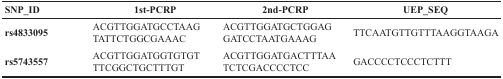
<table><thead><tr><td><b>SNP_ID</b></td><td><b>1st-PCRP</b></td><td><b>2nd-PCRP</b></td><td><b>UEP_SEQ</b></td></tr></thead><tbody><tr><td><b>rs4833095</b></td><td>ACGTTGGATGCCTAAGTATTCTGGCGAAAC</td><td>ACGTTGGATGCTGGAGGATCCTAATGAAAG</td><td>TTCAATGTTGTTTAAGGTAAGA</td></tr><tr><td><b>rs5743557</b></td><td>ACGTTGGATGGTGTGTTTCGGCTGCTTTGT</td><td>ACGTTGGATGACTTTAATCTCGACCCCTCC</td><td>GACCCCTCCCTCTTT</td></tr></tbody></table>